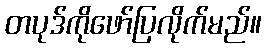
တပုဒ်ကိုဖော်ပြလိုက်မည်။